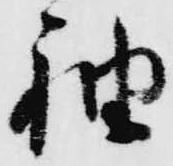
袖